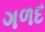
ગળદ